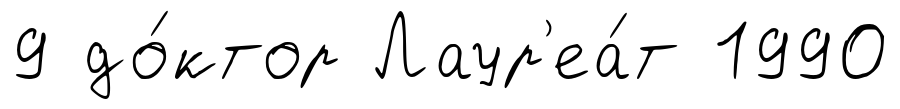
9 до́ктор Лаур'еа́т 1990